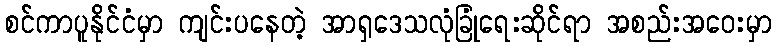
စင်ကာပူနိုင်ငံမှာ ကျင်းပနေတဲ့ အာရှဒေသလုံခြုံရေးဆိုင်ရာ အစည်းအဝေးမှာ